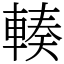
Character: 輳